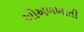
ઓઅળખાતી